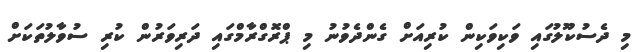
މި ދެސުކޫލުގައި ވަކިވަކިން ކުރިއަށް ގެންދެވުނު މި ޕްރޮގްރާމްގައި ދަރިވަރުން ކުރި ސުވާލުތަކަށް